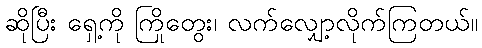
ဆိုပြီး ရှေ့ကို ကြိုတွေး၊ လက်လျှော့လိုက်ကြတယ်။